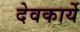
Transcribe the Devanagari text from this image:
देवकार्ये